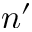
n ^ { \prime }